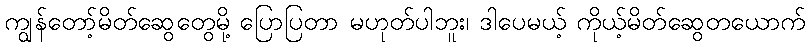
ကျွန်တော့်မိတ်ဆွေတွေမို့ ပြောပြတာ မဟုတ်ပါဘူး၊ ဒါပေမယ့် ကိုယ့်မိတ်ဆွေတယောက်